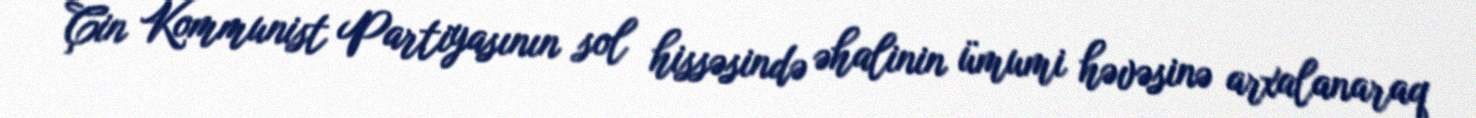
Çin Kommunist Partiyasının sol hissəsində əhalinin ümumi həvəsinə arxalanaraq